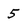
Character: 5